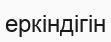
еркіндігін